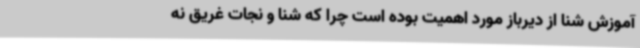
آموزش شنا از دیرباز مورد اهمیت بوده است چرا که شنا و نجات غریق نه